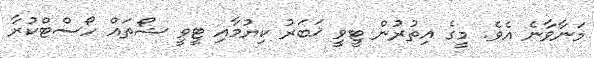
މަނާވާނެ އެވެ. މީގެ އިތުރުން ޓީވީ ޚަބަރު ކިޔުމާއި ޓީވީ ޝޯތައް ހޯސްޓްކުރާ